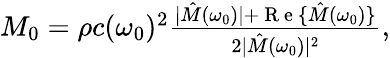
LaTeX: \begin{array}{r}{M_{0}=\rho c(\omega_{0})^{2}\frac{|\hat{M}(\omega_{0})|+\mathrm{~R~e~}\{ \hat{M}(\omega_{0})\} }{2|\hat{M}(\omega_{0})|^{2}},}\end{array}